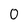
Character: 0